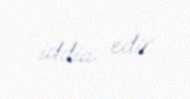
iddia edir.